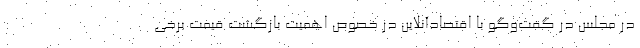
در مجلس در گفت‌وگو با اقتصادآنلاین در خصوص اهمیت بازگشت قیمت برخی